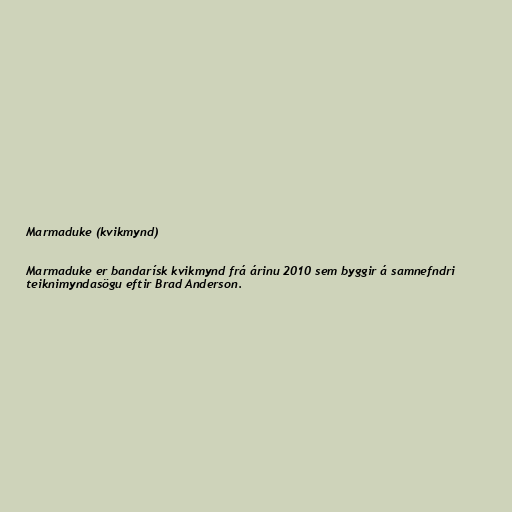
Marmaduke (kvikmynd)

Marmaduke er bandarísk kvikmynd frá árinu 2010 sem byggir á samnefndri
teiknimyndasögu eftir Brad Anderson.